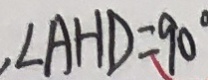
. \angle A H D = 9 0 ^ { \circ }